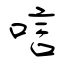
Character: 唁